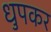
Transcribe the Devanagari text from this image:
धुपकर